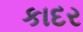
કાદર